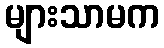
များသာမက